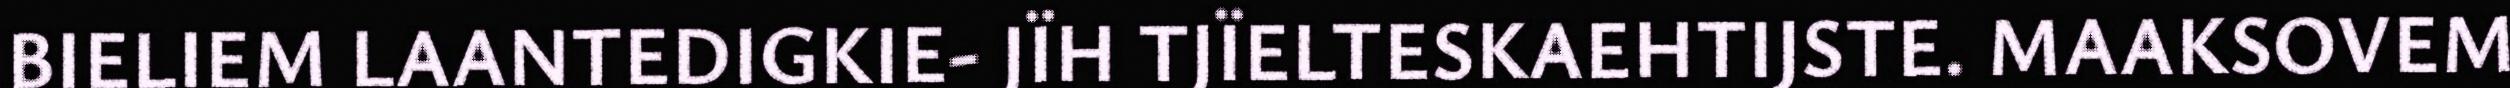
BIELIEM LAANTEDIGKIE- JÏH TJÏELTESKAEHTIJSTE. MAAKSOVEM